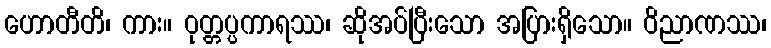
ဟောတီတိ၊ ကား။ ဝုတ္တပ္ပကာရဿ၊ ဆိုအပ်ပြီးသော အပြားရှိသော။ ဝိညာဏဿ၊